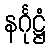
နင်္ဂုဋ္ဌံ